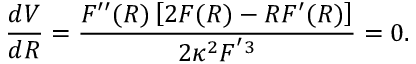
\frac { d V } { d R } = \frac { F ^ { \prime \prime } ( R ) \left[ 2 F ( R ) - R F ^ { \prime } ( R ) \right] } { 2 \kappa ^ { 2 } F ^ { ' 3 } } = 0 .